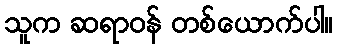
သူက ဆရာဝန် တစ်ယောက်ပါ။